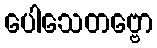
ပေါသေတဗ္ဗော